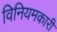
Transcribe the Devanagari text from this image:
विनियमकारी